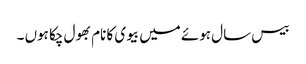
بیس سال ہوئے میں بیوی کا نام بھول چکا ہوں ۔